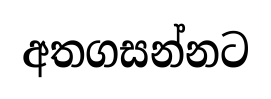
අතගසන්නට